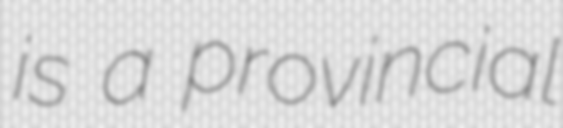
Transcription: is a provincial